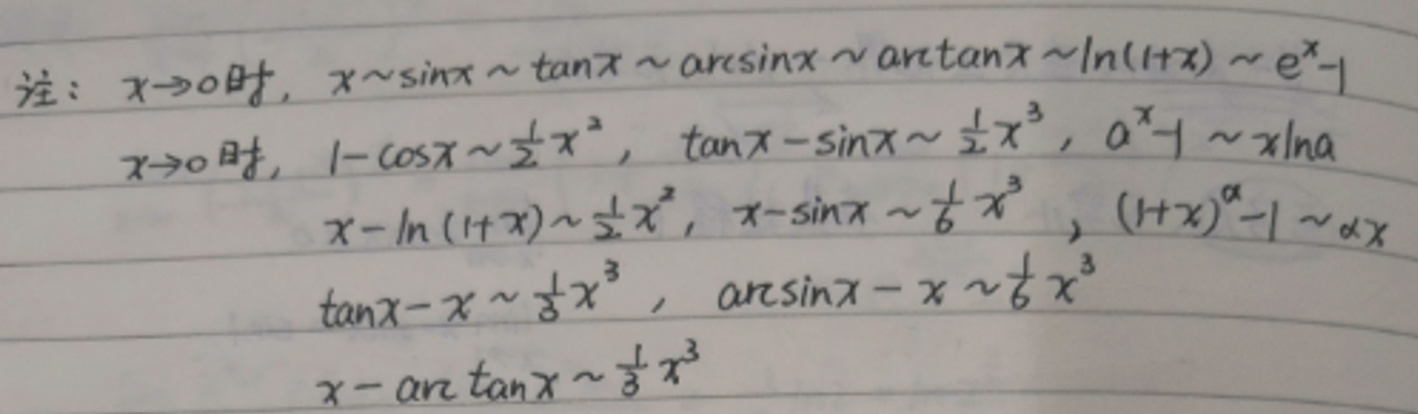
注：\(x \to 0\)时，\(x \sim \sin x \sim \tan x \sim \arcsin x \sim \arctan x \sim \ln(1 + x) \sim e^{x}-1\)

\(x \to 0\)时，\(1-\cos x \sim \frac{1}{2}x^{2}\)，\(\tan x-\sin x \sim \frac{1}{2}x^{3}\)，\(a^{x}-1 \sim x\ln a\)

\(x-\ln(1 + x) \sim \frac{1}{2}x^{2}\)，\(x-\sin x \sim \frac{1}{6}x^{3}\)，\((1 + x)^{\alpha}-1 \sim \alpha x\)

\(\tan x - x \sim \frac{1}{3}x^{3}\)，\(\arcsin x - x \sim \frac{1}{6}x^{3}\)

\(x-\arctan x \sim \frac{1}{3}x^{3}\)